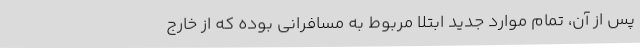
پس از آن، تمام موارد جدید ابتلا مربوط به مسافرانی بوده که از خارج